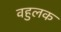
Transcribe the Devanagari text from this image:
वहुलक